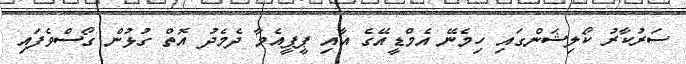
ސަރުކާރު ކޯލިޝަންގައި ހިމެނޭ އެމްޑީއޭގެ އާއި ޕީޕީއެމާ ދެމެދު އޮތް ގުޅުން ގޯސްވެފައި